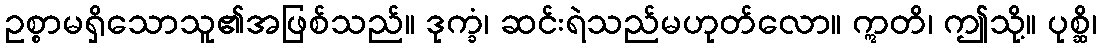
ဥစ္စာမရှိသောသူ၏အဖြစ်သည်။ ဒုက္ခံ၊ ဆင်းရဲသည်မဟုတ်လော။ ဣတိ၊ ဤသို့။ ပုစ္ဆိ၊